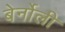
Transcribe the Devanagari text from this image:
बेर्नोली